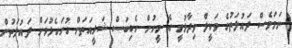
ނަމަވެސް ދައުލަތުގެ ވަކީލް ވިދާޅުވީ އެ މީހުން ހެކިބަސް ޝަރީއަތަށް ހުށަހެޅުމަށް ދައުލަތުން